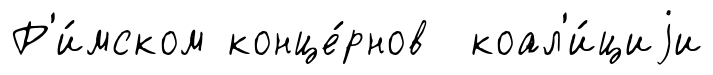
Р'и́мском конце́рнов коал'и́циjи